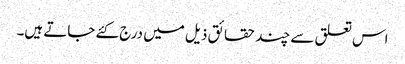
اس تعلق سے چند حقائق ذیل میں درج کئے جاتے ہیں۔